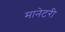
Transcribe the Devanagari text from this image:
मानेटरी